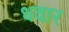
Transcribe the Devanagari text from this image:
धवार